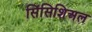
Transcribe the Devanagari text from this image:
सिंसिशिअल